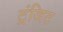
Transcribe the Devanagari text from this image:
ट्रंजिट